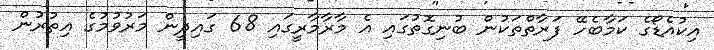
އިކުއެޑޯގެ ކަމާބެހޭ ފަރާތްތަކުން ބުނިގޮތުގައި އެ މާރާމާރީގައި 68 ގައިދީން މަރުވުމުގެ އިތުރުން